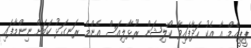
ޕީޕީއެމް އާ އެކު ހަދާފައިވާ ކޯލިޝަން ރޫޅާލިއަސް އެންމެ ރަނގަޅު ކަމަށް ނިންމާފައި